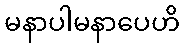
မနာပါမနာပေဟိ